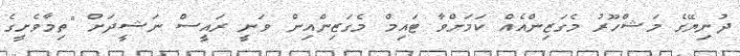
ދުނިޔޭގެ މަޝްހޫރު މެގަޒިންއެއް ކަމަށްވާ ޓައިމް މެގަޒިންއިން ވަނީ ރައީސް ނަޝީދަށް "ތިމާވެށީގެ